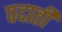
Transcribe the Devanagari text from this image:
पदाती